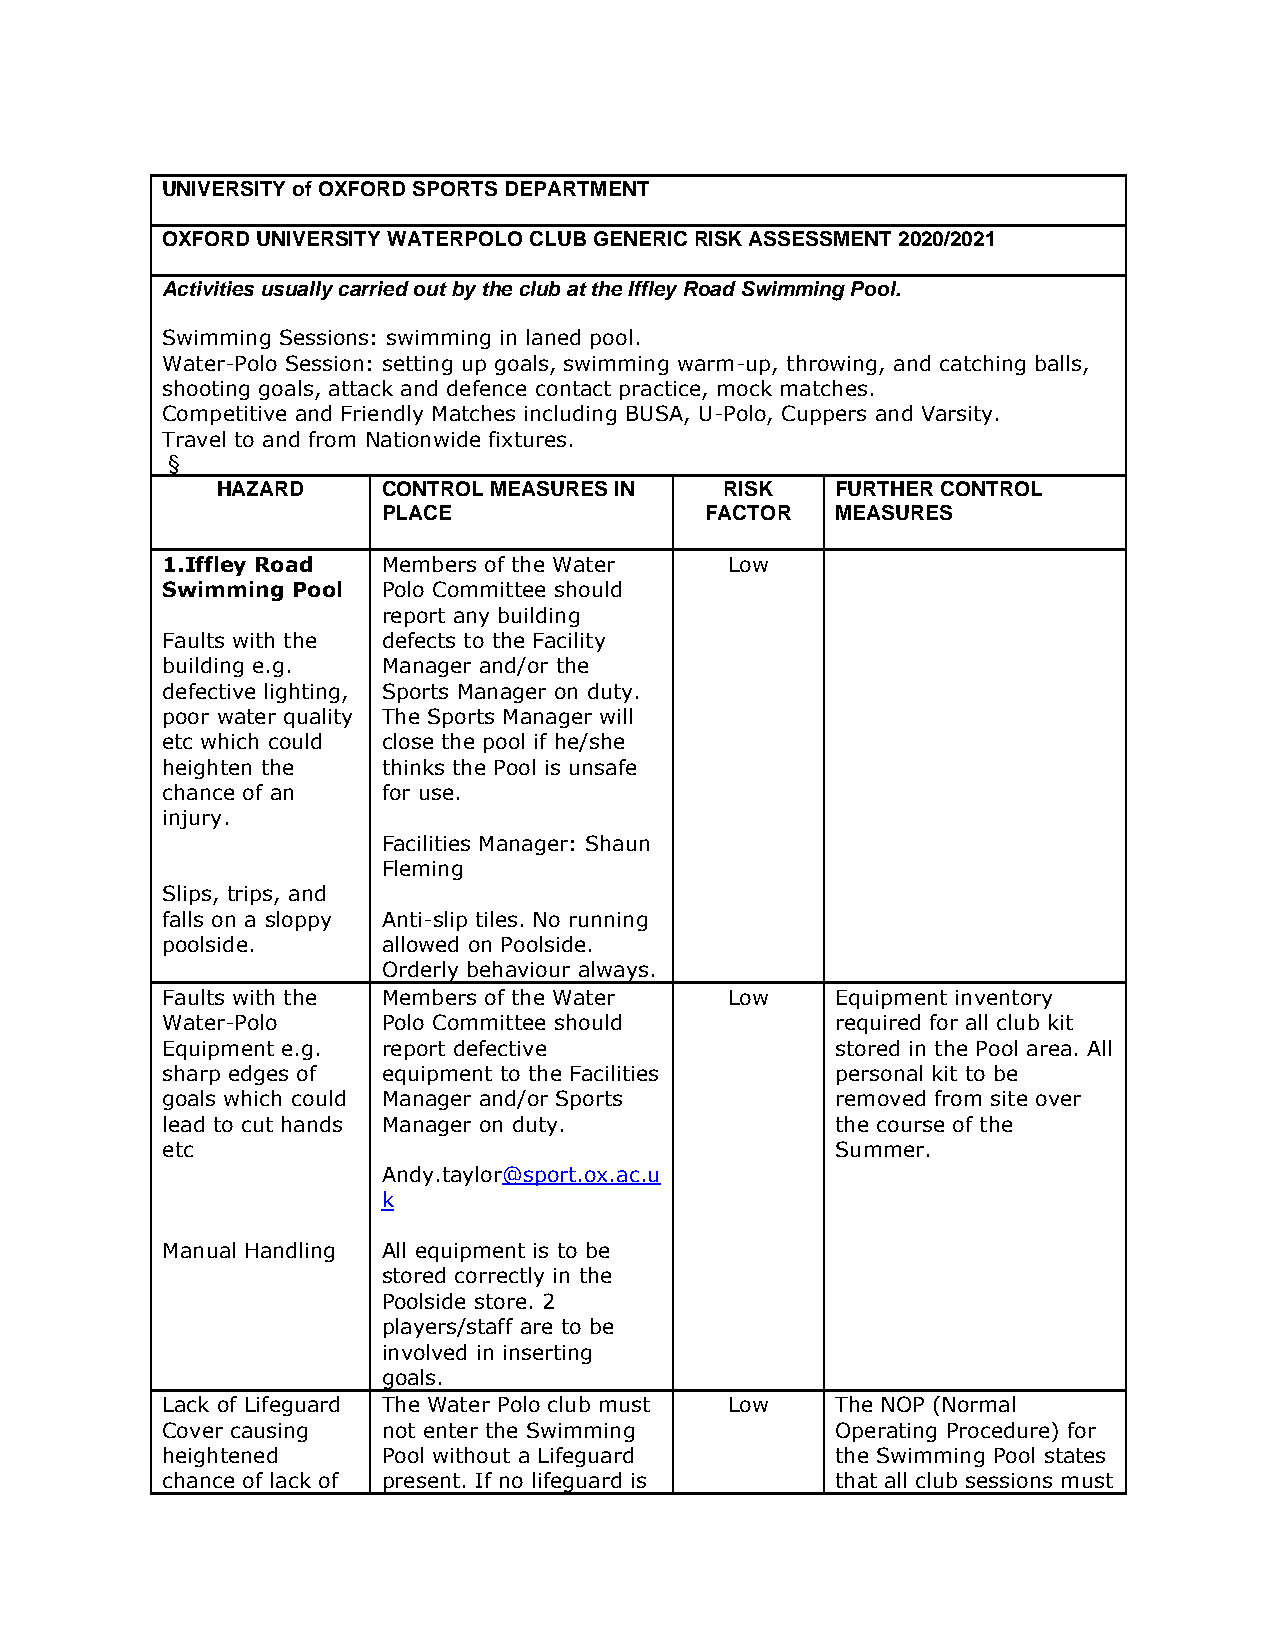
UNIVERSITY of OXFORD SPORTS DEPARTMENT
 OXFORD UNIVERSITY WATERPOLO CLUB GENERIC RISK ASSESSMENT 2020/2021
 Activities usually carried out by the club at the Iffley Road Swimming Pool.
 Swimming Sessions: swimming in laned pool.
 Water-Polo Session: setting up goals, swimming warm-up, throwing, and catching balls,
 shooting goals, attack and defence contact practice, mock matches.
 Competitive and Friendly Matches including BUSA, U-Polo, Cuppers and Varsity.
 Travel to and from Nationwide fixtures.
 §
 HAZARD     CONTROL MEASURES IN    RISK   FURTHER CONTROL
 PLACE                 FACTOR  MEASURES
 1.Iffley Road Members of the Water   Low
 Swimming Pool Polo Committee should
 report any building
 Faults with the defects to the Facility
 building e.g. Manager and/or the
 defective lighting, Sports Manager on duty.
 poor water quality The Sports Manager will
 etc which could close the pool if he/she
 heighten the  thinks the Pool is unsafe
 chance of an  for use.
 injury.
 Facilities Manager: Shaun
 Fleming
 Slips, trips, and
 falls on a sloppy Anti-slip tiles. No running
 poolside.     allowed on Poolside.
 Orderly behaviour always.
 Faults with the Members of the Water Low    Equipment inventory
 Water-Polo    Polo Committee should         required for all club kit
 Equipment e.g. report defective             stored in the Pool area. All
 sharp edges of equipment to the Facilities  personal kit to be
 goals which could Manager and/or Sports     removed from site over
 lead to cut hands Manager on duty.          the course of the
 etc                                         Summer.
 Andy.taylor@sport.ox.ac.u
 k
 Manual Handling All equipment is to be
 stored correctly in the
 Poolside store. 2
 players/staff are to be
 involved in inserting
 goals.
 Lack of Lifeguard The Water Polo club must Low The NOP (Normal
 Cover causing not enter the Swimming        Operating Procedure) for
 heightened    Pool without a Lifeguard      the Swimming Pool states
 chance of lack of present. If no lifeguard is that all club sessions must